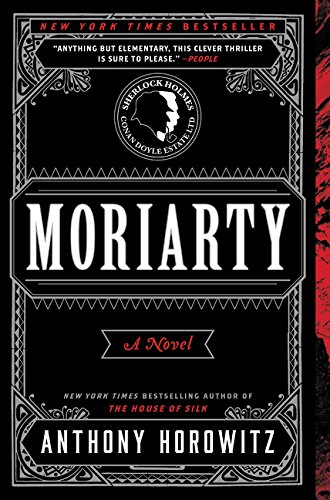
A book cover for Moriarty: A Novel; Anthony Horowitz; Mystery, Thriller & Suspense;